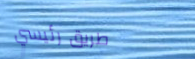
طريق رئيسي